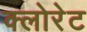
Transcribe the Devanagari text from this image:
क्‍लोरेट